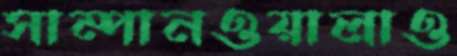
সাম্পানওয়ালাও